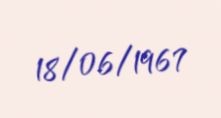
18/06/1967